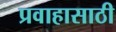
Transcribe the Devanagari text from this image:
प्रवाहासाठी